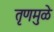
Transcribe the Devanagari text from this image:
तृणमुळे